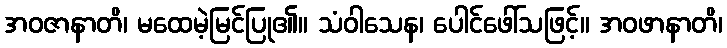
အဝဇာနာတိ၊ မထေမဲ့မြင်ပြု၏။ သံဝါသေန၊ ပေါင်ဖေါ်သဖြင့်။ အဝဖာနာတိ၊